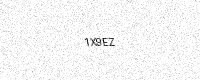
Text: 1X9EZ